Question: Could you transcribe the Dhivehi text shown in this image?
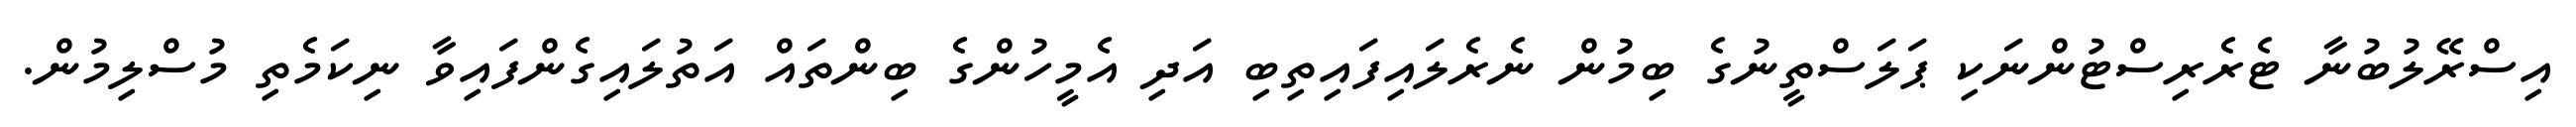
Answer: އިސްރޭލުބުނާ ޓެރެރިސްޓުންނަކި ޕަލަސްތީނުގެ ބިމުން ނެރެލައިފައިތިބި އަދި އެމީހުންގެ ބިންތައް އަތުލައިގެންފައިވާ ނިކަމެތި މުސްލިމުން.